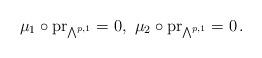
LaTeX: \begin{align*}\mu _1\circ \mathrm{pr}_{\bigwedge^{p,1}}=0,\,\,\mu _2\circ\mathrm{pr}_{\bigwedge^{p,1}}=0\,.\end{align*}